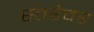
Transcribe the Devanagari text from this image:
स्तरेवर